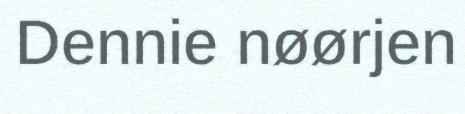
Dennie nøørjen